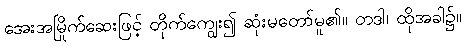
အေးအမြိုက်ဆေးဖြင့် တိုက်ကျွေး၍ ဆုံးမတော်မူ၏။ တဒါ၊ ထိုအခါ၌။